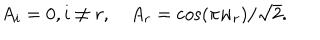
A _ { i } = 0 , i \neq r , \quad A _ { r } = \cos ( \pi w _ { r } ) / \sqrt { 2 } .